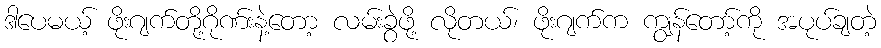
ဒါပေမယ့် ဖိုးဂျက်တို့ဂိုဏ်းနဲ့တော့ လမ်းခွဲဖို့ လိုတယ်၊ ဖိုးဂျက်က ကျွန်တော့်ကို အပုပ်ချတဲ့